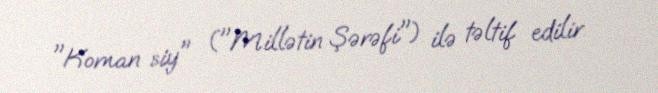
"Koman siy" ("Millətin Şərəfi") ilə təltif edilir.